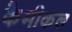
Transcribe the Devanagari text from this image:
कैमीकल